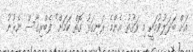
އަށް ބަދަލުވުމަކީ މި ވަގުތު އެންމެ ރަނގަޅު ގޮތް ކަމަށް" ފެބްރިގާސް ނެރުނު